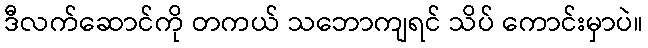
ဒီလက်ဆောင်ကို တကယ် သဘောကျရင် သိပ် ကောင်းမှာပဲ။